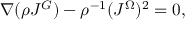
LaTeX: \nabla ( \rho J ^ { G } ) - \rho ^ { - 1 } ( J ^ { \Omega } ) ^ { 2 } = 0 ,